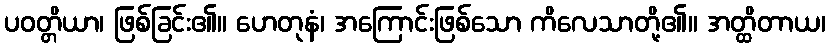
ပဝတ္တိယာ၊ ဖြစ်ခြင်း၏။ ဟေတုနံ၊ အကြောင်းဖြစ်သော ကိလေသာတို့၏။ အတ္ထိတာယ၊